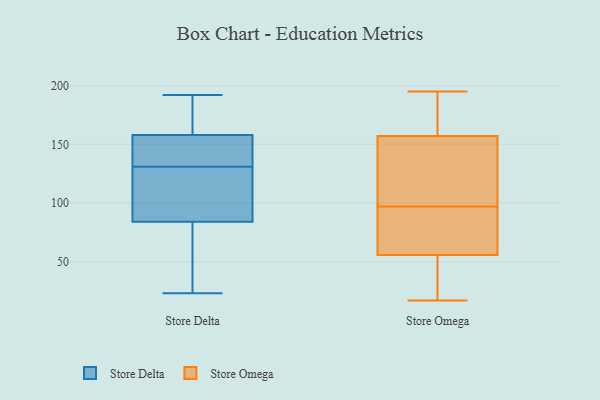
{"axis": {"x": "Satisfaction Score", "y": "Value"}, "legend": ["Store Delta", "Store Omega"], "data": [{"x": "", "y": 104, "type": "Store Delta"}, {"x": "", "y": 162, "type": "Store Delta"}, {"x": "", "y": 111, "type": "Store Delta"}, {"x": "", "y": 99, "type": "Store Delta"}, {"x": "", "y": 170, "type": "Store Delta"}, {"x": "", "y": 145, "type": "Store Delta"}, {"x": "", "y": 157, "type": "Store Delta"}, {"x": "", "y": 98, "type": "Store Delta"}, {"x": "", "y": 120, "type": "Store Delta"}, {"x": "", "y": 41, "type": "Store Delta"}, {"x": "", "y": 70, "type": "Store Delta"}, {"x": "", "y": 192, "type": "Store Delta"}, {"x": "", "y": 143, "type": "Store Delta"}, {"x": "", "y": 145, "type": "Store Delta"}, {"x": "", "y": 41, "type": "Store Delta"}, {"x": "", "y": 38, "type": "Store Delta"}, {"x": "", "y": 184, "type": "Store Delta"}, {"x": "", "y": 159, "type": "Store Delta"}, {"x": "", "y": 23, "type": "Store Delta"}, {"x": "", "y": 142, "type": "Store Delta"}, {"x": "", "y": 60, "type": "Store Omega"}, {"x": "", "y": 126, "type": "Store Omega"}, {"x": "", "y": 173, "type": "Store Omega"}, {"x": "", "y": 17, "type": "Store Omega"}, {"x": "", "y": 68, "type": "Store Omega"}, {"x": "", "y": 97, "type": "Store Omega"}, {"x": "", "y": 66, "type": "Store Omega"}, {"x": "", "y": 43, "type": "Store Omega"}, {"x": "", "y": 152, "type": "Store Omega"}, {"x": "", "y": 186, "type": "Store Omega"}, {"x": "", "y": 80, "type": "Store Omega"}, {"x": "", "y": 188, "type": "Store Omega"}, {"x": "", "y": 26, "type": "Store Omega"}, {"x": "", "y": 195, "type": "Store Omega"}, {"x": "", "y": 116, "type": "Store Omega"}, {"x": "", "y": 118, "type": "Store Omega"}, {"x": "", "y": 29, "type": "Store Omega"}]}